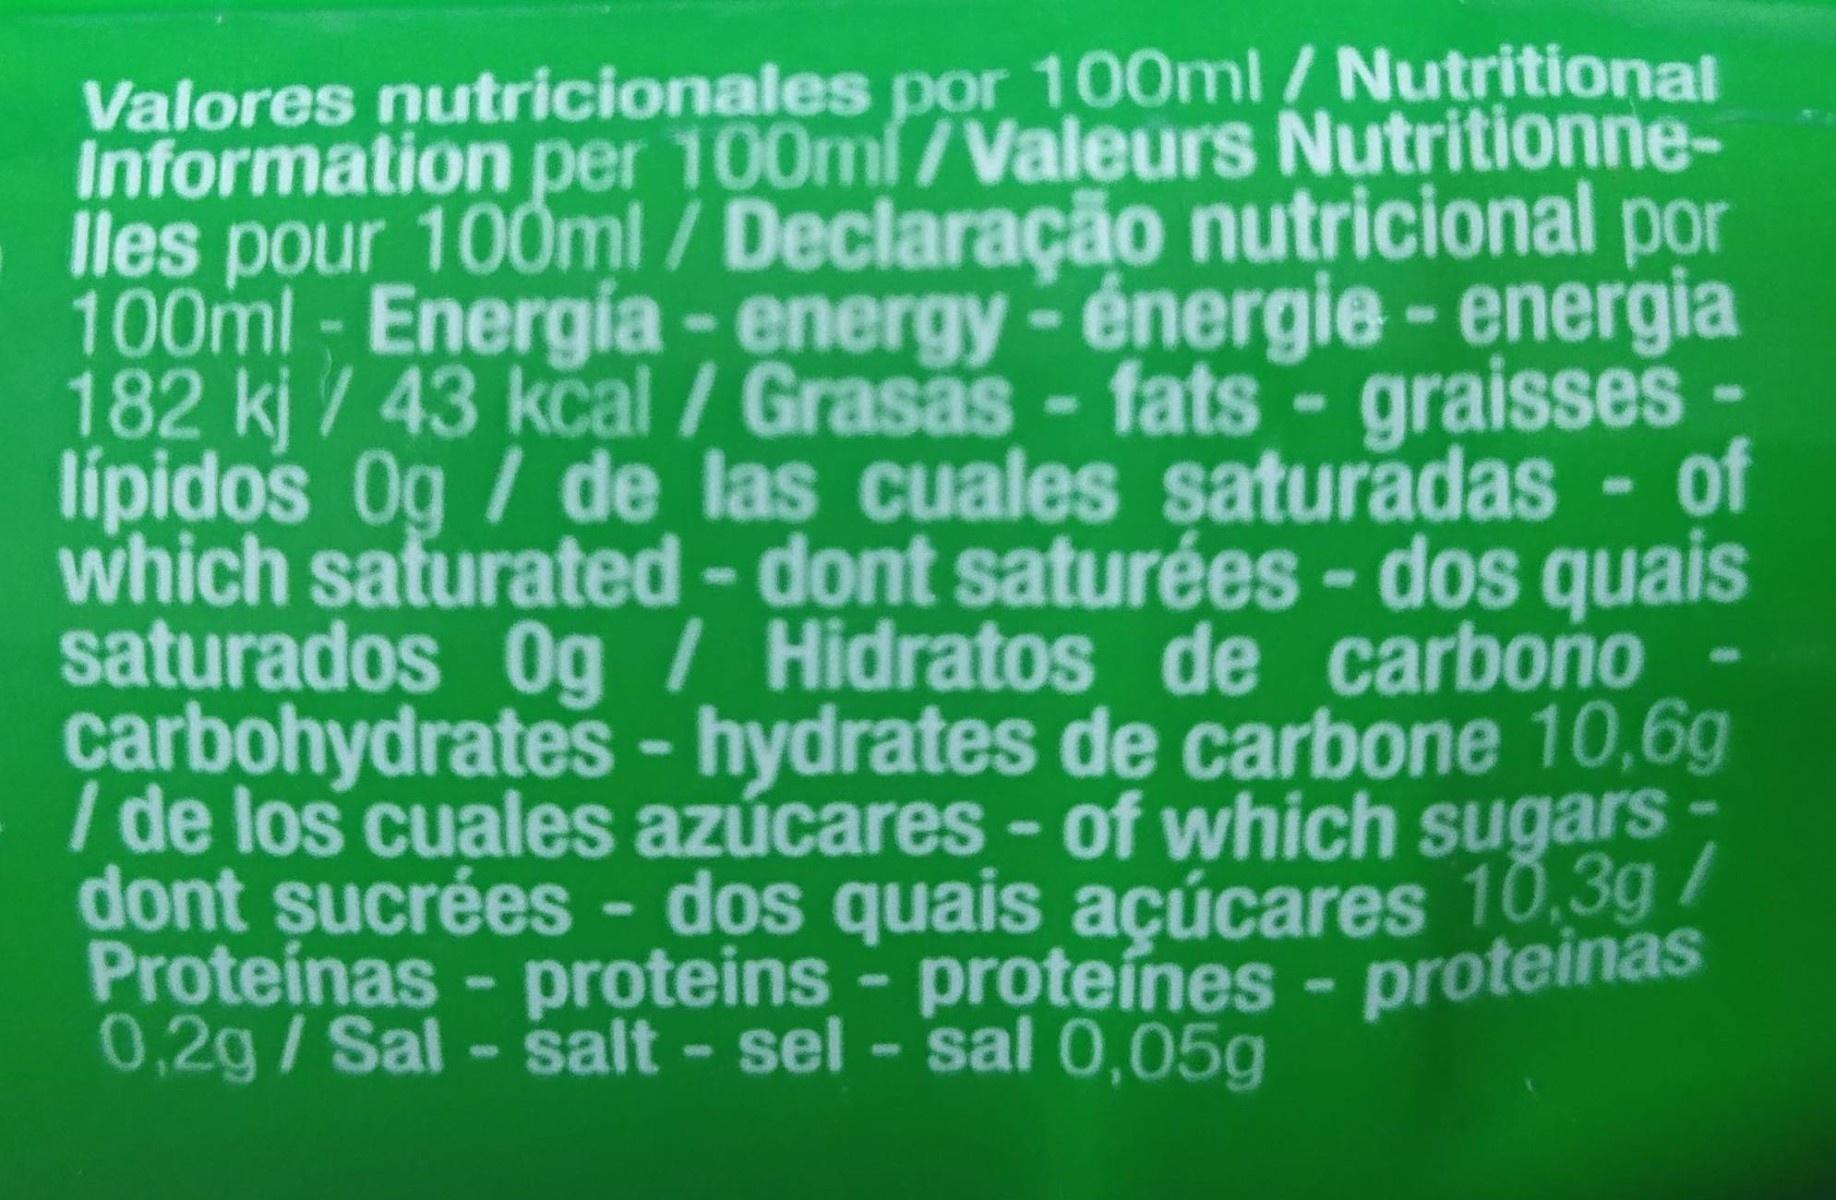
Valores nutricionales por 100ml/Nutritional Information per 100ml/Valeurs Nutritionne- lles pour 100ml / Declaração nutricional por 100ml - Energia - energy-énergie-energia 182 kj / 43 kcal / Grasas - fats- graisses lípidos Og / de las cuales saturadas - of which saturated - dont saturées - dos quais saturados Og / Hidratos de carbono carbohydrates - hydrates de carbone 10,6g / de los cuales azúcares - of which sugars- dont sucrées - dos quais açúcares 10,3g/ Proteínas - proteins - proteínes - proteinas
0,2g/Sal -salt - sel - sal 0,05g